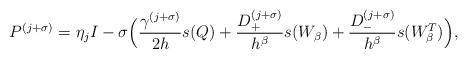
LaTeX: \begin{align*}P^{(j + \sigma)} = \eta_j I - \sigma\Big(\frac{\gamma^{(j + \sigma)}}{2h}s(Q) + \frac{D^{(j + \sigma)}_{+}}{h^{\beta}}s(W_{\beta}) + \frac{D^{(j + \sigma)}_{-}}{h^{\beta}}s(W^{T}_{\beta})\Big),\end{align*}